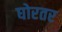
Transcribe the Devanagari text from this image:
घोरतर